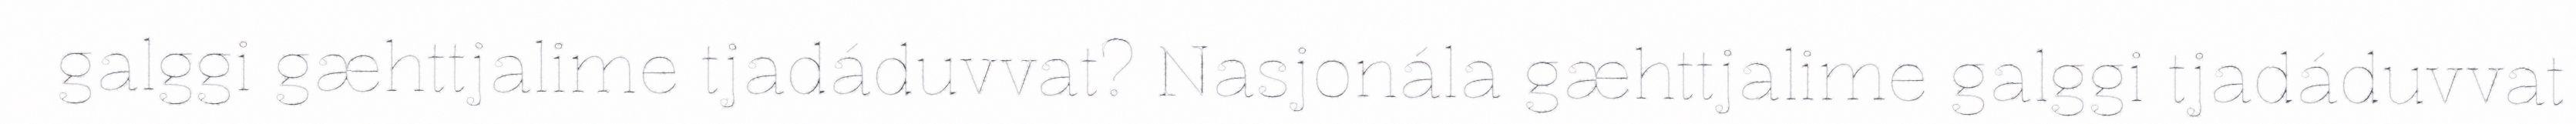
galggi gæhttjalime tjadáduvvat? Nasjonála gæhttjalime galggi tjadáduvvat